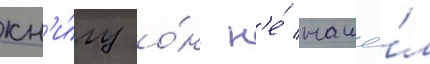
кн'и́гу о́н н'е́ нашё́л